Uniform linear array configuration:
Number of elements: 32
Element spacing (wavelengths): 1
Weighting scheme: kaiser
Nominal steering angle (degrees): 60
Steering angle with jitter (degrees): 59.066
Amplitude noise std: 0.05
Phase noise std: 0.05

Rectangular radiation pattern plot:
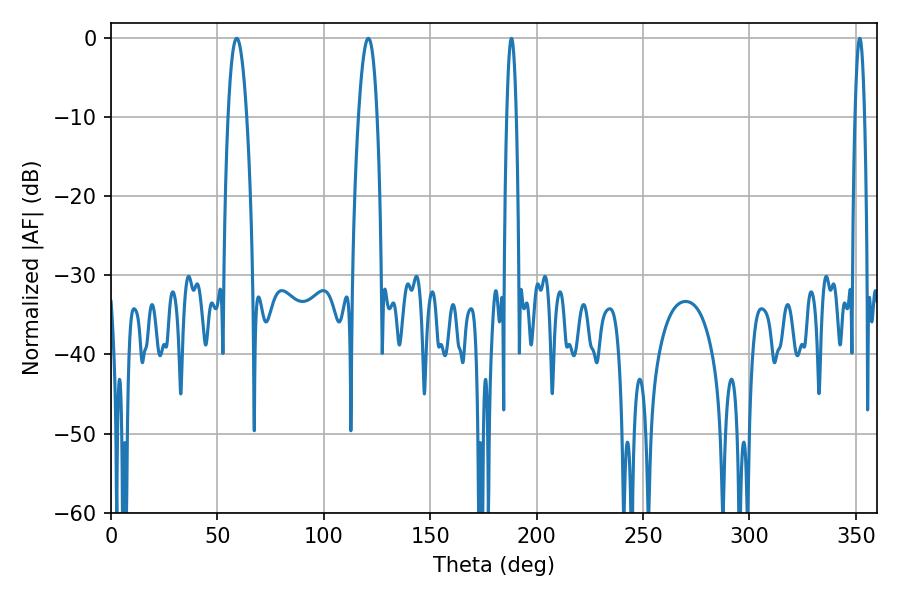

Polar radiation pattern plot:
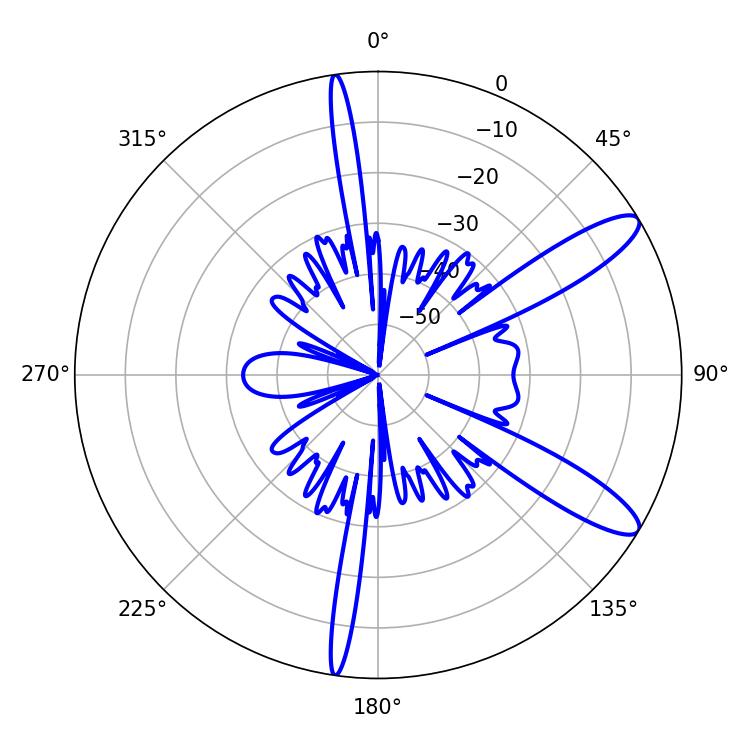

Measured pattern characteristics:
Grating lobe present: TRUE
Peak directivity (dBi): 11.44
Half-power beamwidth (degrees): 4.86
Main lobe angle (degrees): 59.04